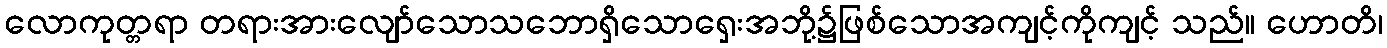
လောကုတ္တရာ တရားအားလျော်သောသဘောရှိသောရှေးအဘို့၌ဖြစ်သောအကျင့်ကိုကျင့် သည်။ ဟောတိ၊